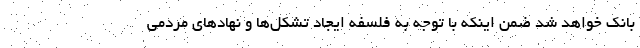
بانک خواهد شد ضمن اینکه با توجه به فلسفه ایجاد تشکل‌ها و نهادهای مردمی